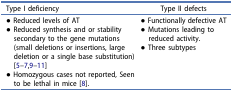
| Type I deficiency | Type II defects |
 | --- | --- |
 | ● Reduced levels of AT● Reduced synthesis and or stability secondary to the gene mutations (small deletions or insertions, large deletion or a single base substitution) [5–7,9–11]● Homozygous cases not reported, Seen to be lethal in mice [8]. | ● Functionally defective AT● Mutations leading to reduced activity.● Three subtypes |